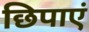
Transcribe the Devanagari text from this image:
छिपाएं